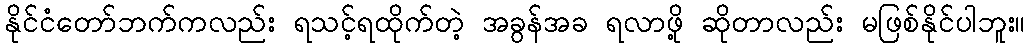
နိုင်ငံတော်ဘက်ကလည်း ရသင့်ရထိုက်တဲ့ အခွန်အခ ရလာဖို့ ဆိုတာလည်း မဖြစ်နိုင်ပါဘူး။